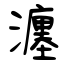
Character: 瀍